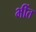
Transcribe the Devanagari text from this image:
भींत